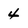
Character: 4